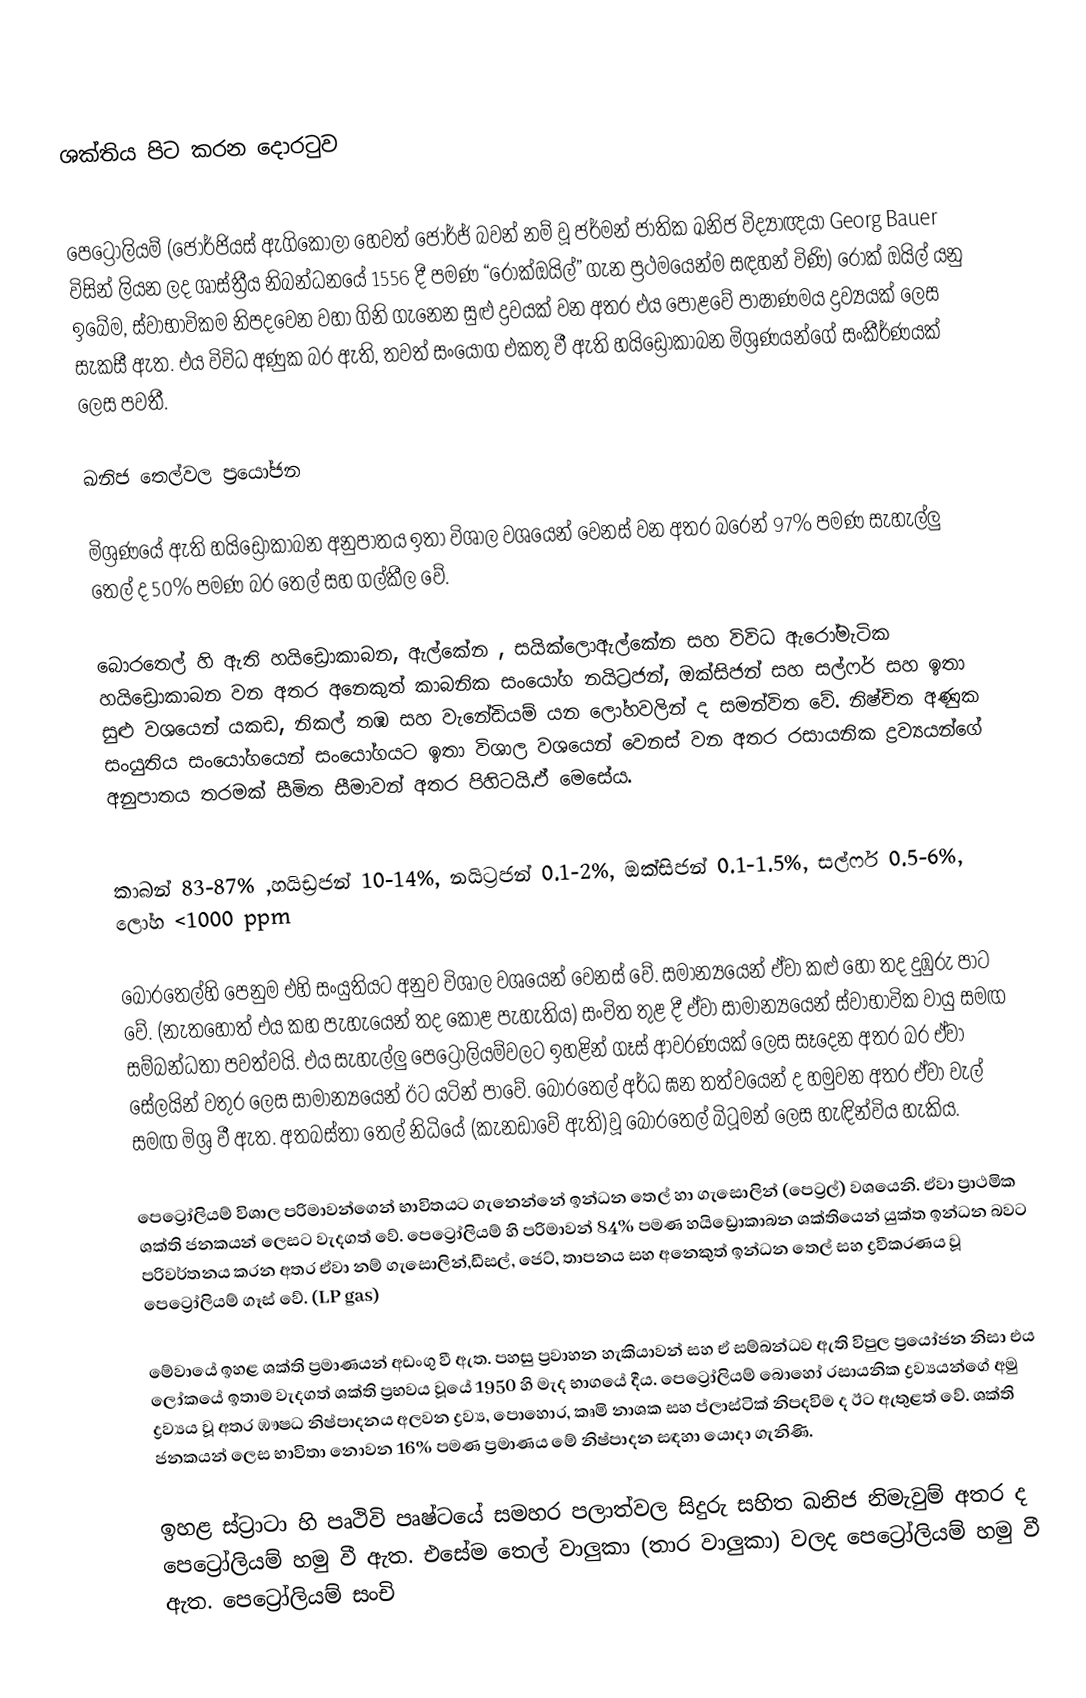

ශක්තිය පිට කරන දොරටුව

පෙට්‍රෝලියම් (ජෝර්ජියස් ඇගිකෝලා හෙවත් ජෝර්ජ් බවන් නම් වූ ජර්මන් ජාතික ඛනිජ විද්‍යාඥයා Georg Bauer විසින් ලියන ලද ශාස්ත්‍රීය නිබන්ධනයේ 1556 දී පමණ “රොක්ඔයිල්” ගැන ප්‍රථමයෙන්ම සඳහන් විණි) රොක් ඔයිල් යනු ඉබේම, ස්වාභාවිකම නිපදවෙන වහා ගිනි ගැනෙන සුළු ද්‍රවයක් වන අතර එය පොළවේ පාෂාණමය ද්‍රව්‍යයක් ලෙස සැකසී ඇත. එය විවිධ අණුක බර ඇති, තවත් සංයෝග එකතු වී ඇති හයිඩ්‍රෝකාබන මිශ්‍රණයන්ගේ සංකීර්ණයක් ලෙස පවතී.

ඛනිජ තෙල්වල ප්‍රයෝජන

මිශ්‍රණයේ ඇති හයිඩ්‍රොකාබන අනුපාතය ඉතා විශාල වශයෙන් වෙනස් වන අතර බරෙන් 97% පමණ සැහැල්ලු තෙල් ද 50% පමණ බර තෙල් සහ ගල්කීල වේ.

බොරතෙල් හි ඇති හයිඩ්‍රොකාබන, ඇල්කේන , සයික්ලොඇල්කේන සහ විවිධ ඇරෝමැටික හයිඩ්‍රොකාබන වන අතර අනෙකුත් කාබනික සංයෝග නයිට්‍රජන්, ඔක්සිජන් සහ සල්ෆර් සහ ඉතා සුළු වශයෙන් යකඩ, නිකල් තඹ සහ වැනේඩියම් යන ලෝහවලින් ද සමන්විත වේ. නිෂ්චිත අණුක සංයුතිය සංයෝගයෙන් සංයෝගයට ඉතා විශාල වශයෙන් වෙනස් වන අතර රසායනික ද්‍රව්‍යයන්ගේ අනුපාතය තරමක් සීමිත සීමාවන් අතර පිහිටයි.ඒ මෙසේය.

කාබන් 83-87% ,හයිඩ්‍රජන් 10-14%, නයිට්‍රජන් 0.1-2%, ඔක්සිජන් 0.1-1.5%, සල්ෆර් 0.5-6%, ලෝහ <1000 ppm

බොරතෙල්හි පෙනුම එහි සංයුතියට අනුව විශාල වශයෙන් වෙනස් වේ. සමාන්‍යයෙන් ඒවා කළු හෝ තද දුඹුරු පාට වේ. (නැතහොත් එය කහ පැහැයෙන් තද කොළ පැහැතිය) සංචිත තුළ දී ඒවා සාමාන්‍යයෙන් ස්වාභාවික වායු සමඟ සම්බන්ධතා පවත්වයි. එය සැහැල්ලු පෙට්‍රෝලියම්වලට ඉහළින් ගෑස් ආවරණයක් ලෙස සෑදෙන අතර බර ඒවා සේලයින් වතුර ලෙස  සාමාන්‍යයෙන් ඊට යටින් පාවේ. බොරතෙල් අර්ධ ඝන තත්වයෙන් ද හමුවන අතර ඒවා වැල් සමඟ මිශ්‍ර වී ඇත. අතබස්තා තෙල් නිධියේ (කැනඩාවේ ඇති)වූ බොරතෙල් බිටූමන් ලෙස හැඳින්විය හැකිය.

පෙට්‍රෝලියම් විශාල පරිමාවන්ගෙන් භාවිතයට ගැනෙන්නේ ඉන්ධන තෙල් හා ගැසොලින් (පෙට්‍රල්) වශයෙනි. ඒවා ප්‍රාථමික ශක්ති ජනකයන් ලෙසට වැදගත් වේ. පෙට්‍රෝලියම් හි පරිමාවන් 84% පමණ හයිඩ්‍රොකාබන ශක්තියෙන් යුක්ත ඉන්ධන බවට පරිවර්තනය කරන අතර ඒවා නම් ගැසොලින්,ඩීසල්, ජෙට්, තාපනය සහ අනෙකුත් ඉන්ධන තෙල් සහ ද්‍රවීකරණය වූ පෙට්‍රෝලියම් ගෑස් වේ. (LP gas)

මේවායේ ඉහළ ශක්ති ප්‍රමාණයන් අඩංගු වී ඇත. පහසු ප්‍රවාහන හැකියාවන් සහ ඒ සම්බන්ධව ඇති විපුල ප්‍රයෝජන නිසා එය ලෝකයේ ඉතාම වැදගත් ශක්ති ප්‍රභවය වූයේ 1950 හි මැද භාගයේ දීය. පෙට්‍රෝලියම් බොහෝ රසායනික ද්‍රව්‍යයන්ගේ අමු ද්‍රව්‍යය වූ අතර ඹෟෂධ නිෂ්පාදනය අලවන ද්‍රව්‍ය, පොහොර, කෘමි නාශක සහ ප්ලාස්ටික් නිපදවිම ද ඊට ඇතුළත් වේ. ශක්ති ජනකයන් ලෙස භාවිතා නොවන 16% පමණ ප්‍රමාණය මේ නිෂ්පාදන සඳහා යොදා ගැනිණි.

ඉහළ ස්ට්‍රාටා හි පෘථිවි පෘෂ්ටයේ සමහර පලාත්වල සිදුරු සහිත ඛනිජ නිමැවුම් අතර ද පෙට්‍රෝලියම් හමු වී ඇත. එසේම තෙල් වාලුකා (තාර වාලුකා) වලද පෙට්‍රෝලියම් හමු වී ඇත. පෙට්‍රෝලියම් සංචි